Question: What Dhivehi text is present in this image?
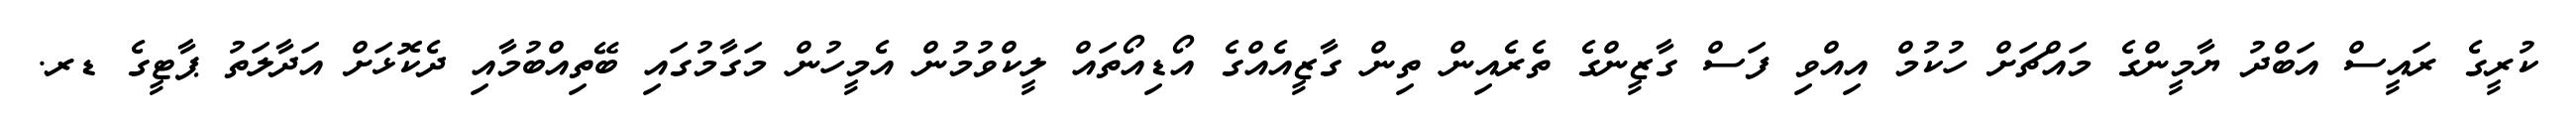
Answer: ކުރީގެ ރައީސް އަބްދު ޔާމީންގެ މައްޗަށް ހުކުމް އިއްވި ފަސް ގާޒީންގެ ތެރެއިން ތިން ގާޒީއެއްގެ އޯޑިއޯތައް ލީކްވުމުން އެމީހުން މަގާމުގައި ބޭތިއްބުމާއި ދެކޮޅަށް އަދާލަތު ޕާޓީގެ ޑރ.